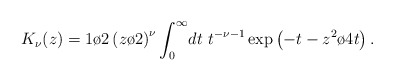
\begin{align*}K_{\nu}(z)={1\o 2}\left({z\o 2}\right)^{\nu}\int_0^{\infty}\!dt~ t^{-\nu-1}\exp\left(-t-{z^2\o 4t}\right).\end{align*}